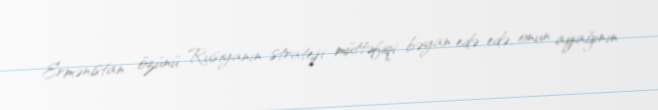
Ermənistan özünü Rusiyanın strateji müttəfiqi bəyan edə-edə, onun ayağının